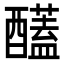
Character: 𮡈